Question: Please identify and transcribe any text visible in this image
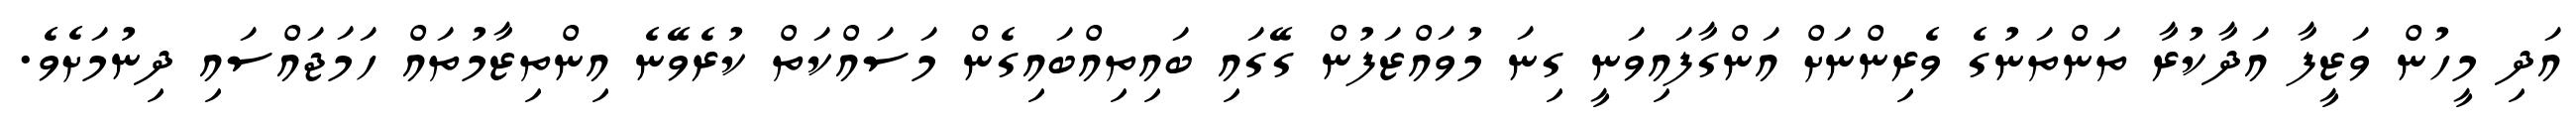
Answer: އަދި މީހުން ވަޒީފާ އަދާކުރާ ތަންތަނުގެ ވެރިންނަށް އަންގާފައިވަނީ ގިނަ މުވައްޒަފުން ގޭގައި ބައިތިއްބައިގެން މަސައްކަތް ކުރެވޭނެ އިންތިޒާމުތައް ހަމަޖައްސައި ދިނުމަށެވެ.